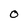
Character: O